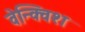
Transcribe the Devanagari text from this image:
वेन्क्विश